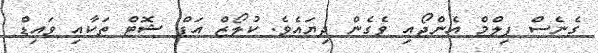
ގެނެސް ފިލްމް އެންޖޯއި ވެގެން ދިޔައެވެ. ކުލޯޒް އަޕް ޝޮޓް ތަކާއި ވައިޑް